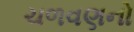
ચળવણનો